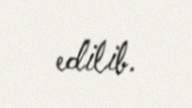
edilib.